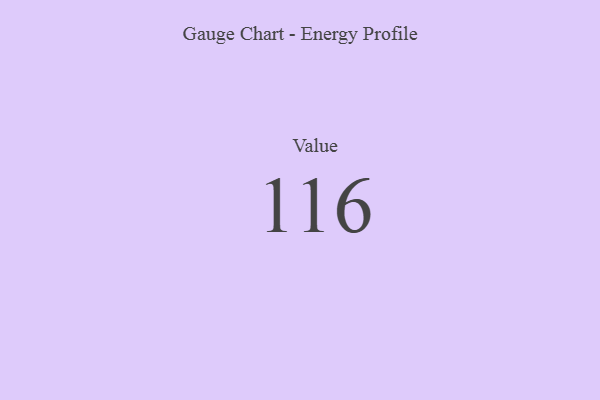
{"axis": {"x": "Metric", "y": "Value"}, "legend": [""], "data": [{"x": "Value", "y": 116, "type": ""}]}